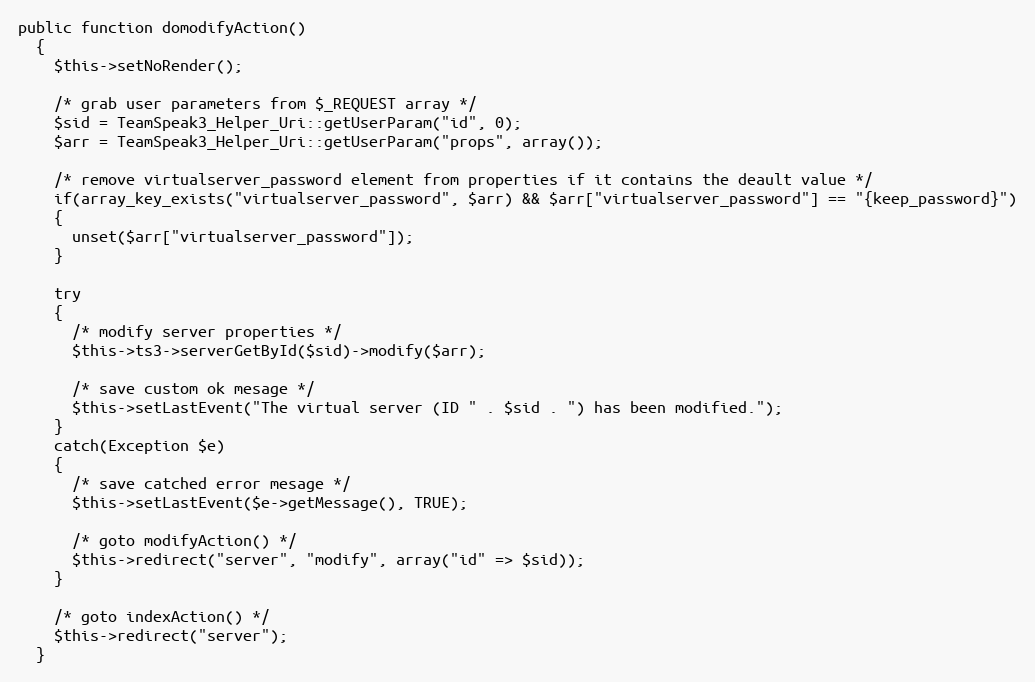
Language: PHP
public function domodifyAction()
  {
    $this->setNoRender();

    /* grab user parameters from $_REQUEST array */
    $sid = TeamSpeak3_Helper_Uri::getUserParam("id", 0);
    $arr = TeamSpeak3_Helper_Uri::getUserParam("props", array());

    /* remove virtualserver_password element from properties if it contains the deault value */
    if(array_key_exists("virtualserver_password", $arr) && $arr["virtualserver_password"] == "{keep_password}")
    {
      unset($arr["virtualserver_password"]);
    }

    try
    {
      /* modify server properties */
      $this->ts3->serverGetById($sid)->modify($arr);

      /* save custom ok mesage */
      $this->setLastEvent("The virtual server (ID " . $sid . ") has been modified.");
    }
    catch(Exception $e)
    {
      /* save catched error mesage */
      $this->setLastEvent($e->getMessage(), TRUE);

      /* goto modifyAction() */
      $this->redirect("server", "modify", array("id" => $sid));
    }

    /* goto indexAction() */
    $this->redirect("server");
  }